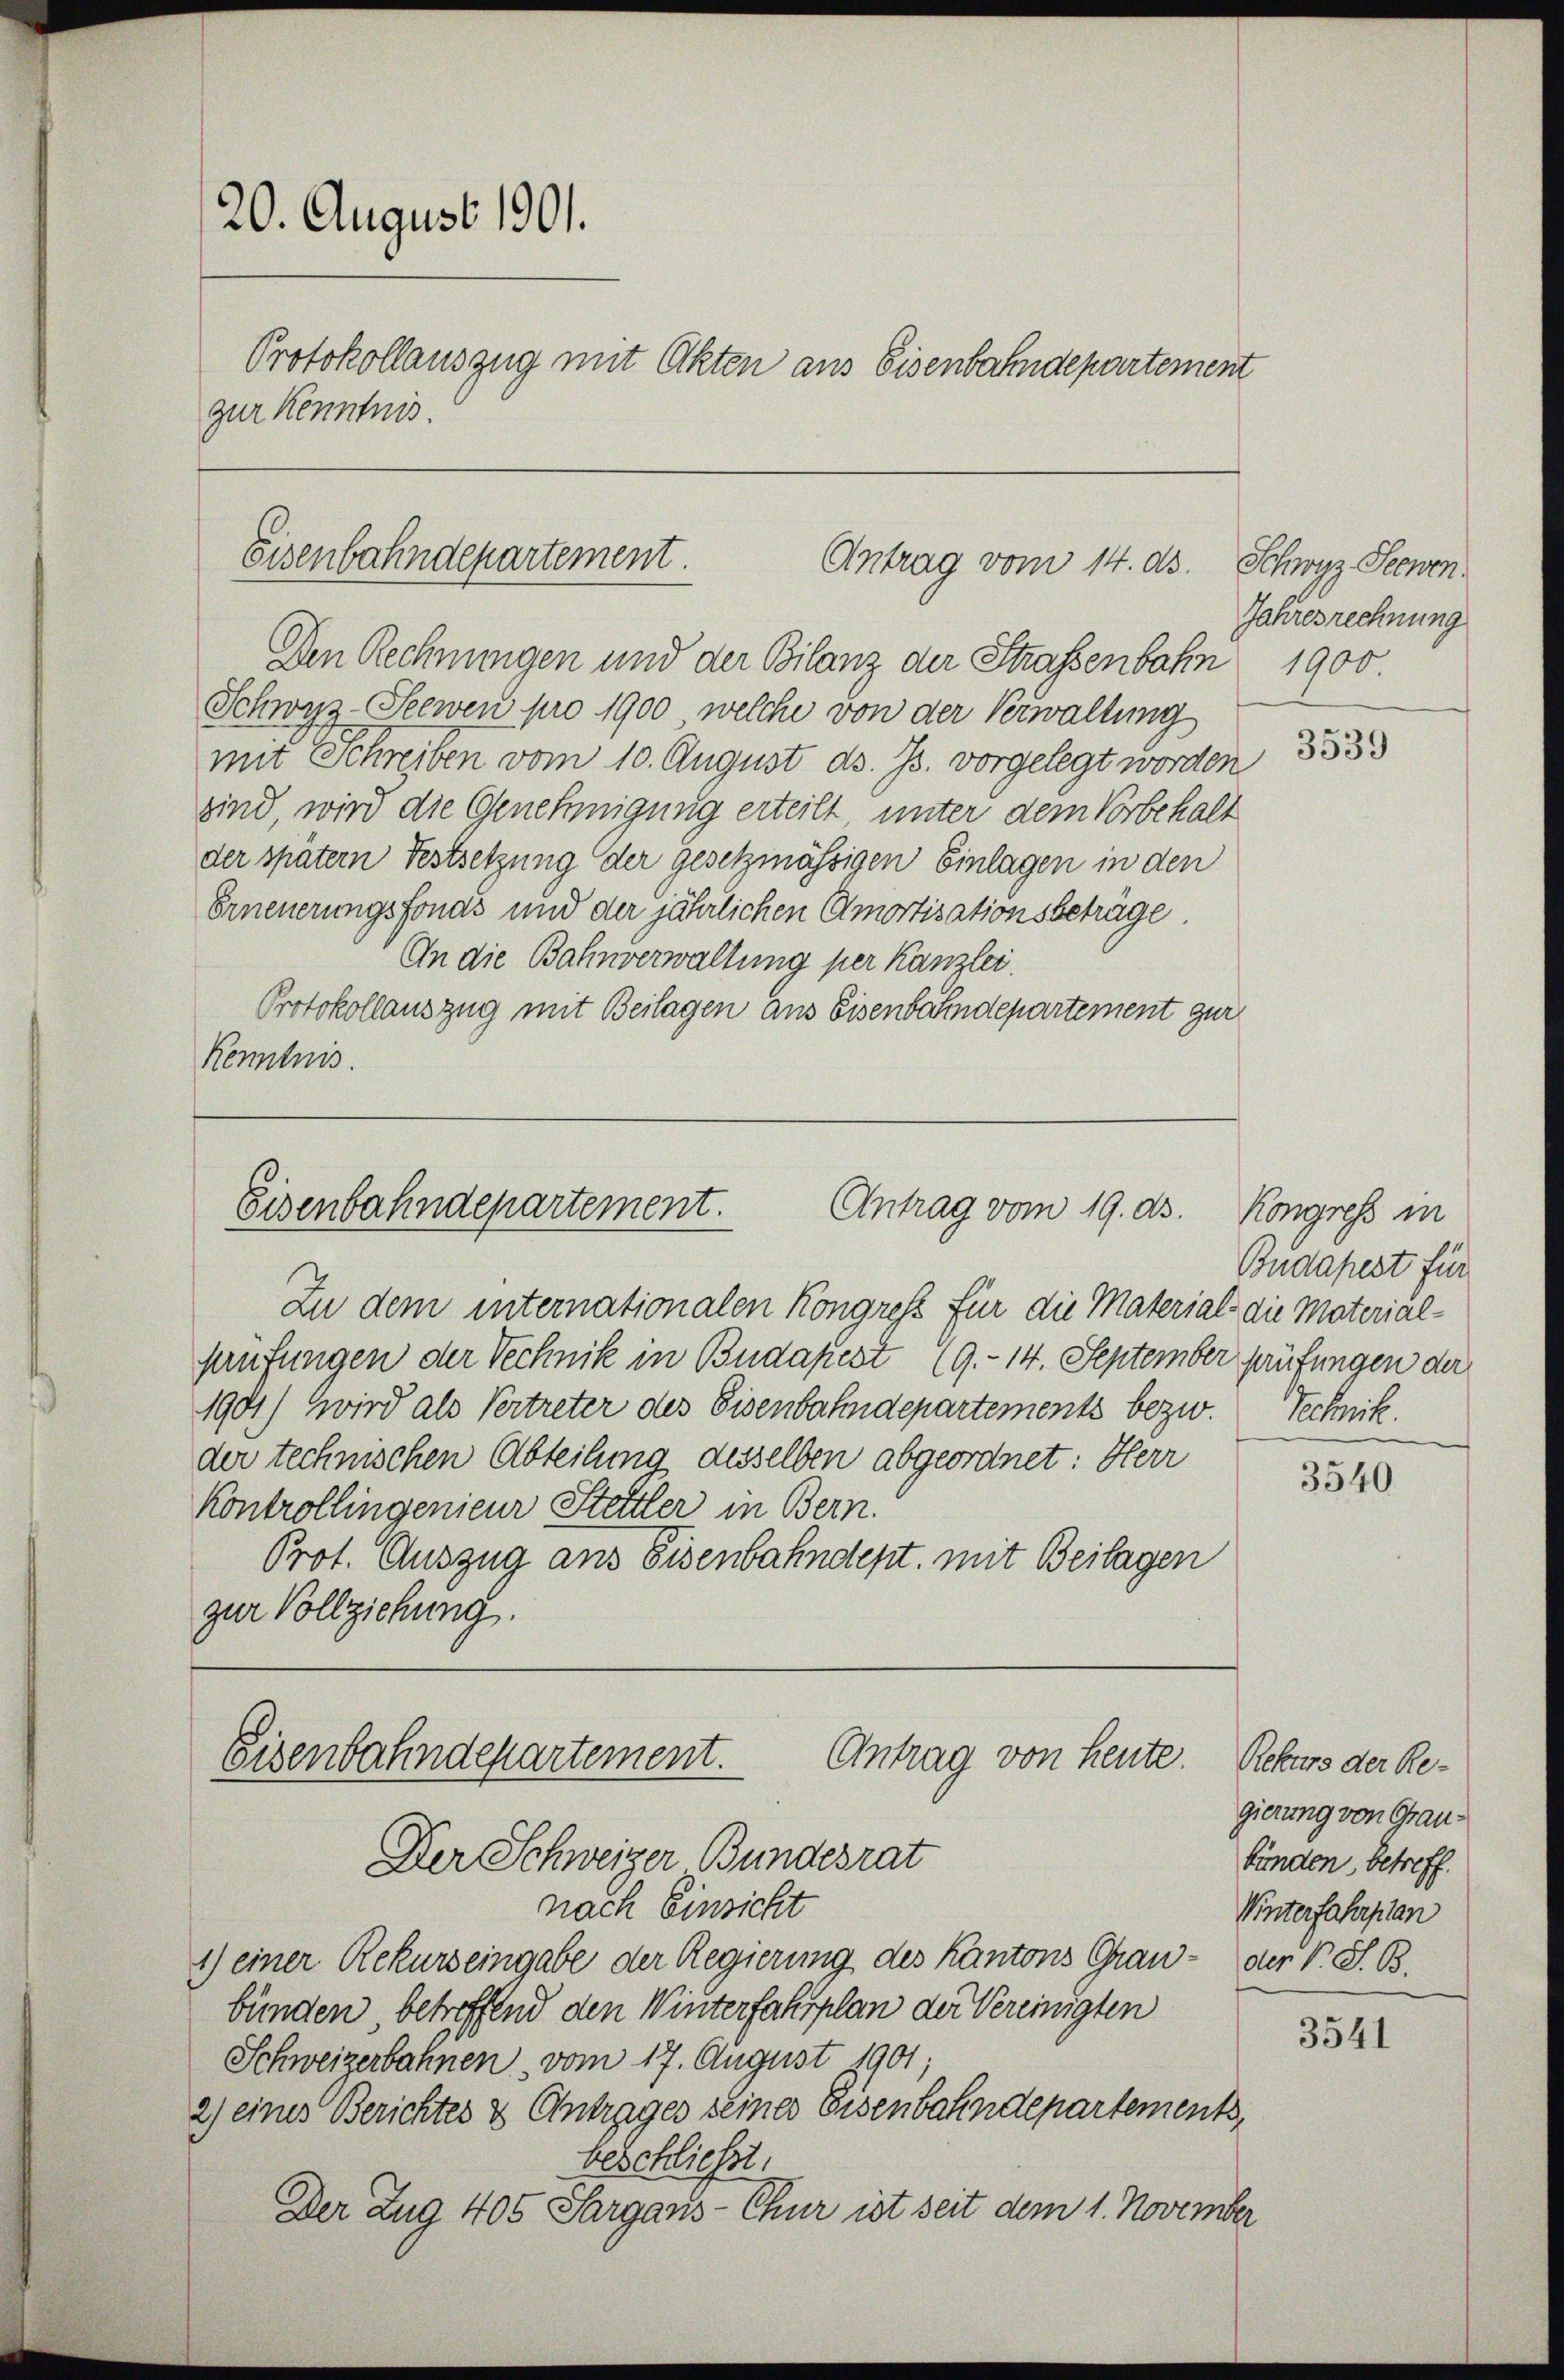
Schwyz Seewen pro 1900, welche von der Verwaltung
mit Schreiben vom 10. August ds. Js. vorgelegt worden
sind, wird die Genehmigung erteilt unter dem Vorbehalt
der später Festsetzung der gesetzmässigen Einlagen in den
Erneuerungsfonds und der jährlichen Amortisationsbeträge.
An die Bahnverwaltung per Kanzlei.
Protokollauszug mit Beilagen aus Eisenbahndepartement gur
Kenntnis.

20. August 1901.
Protokollauszug mit Okten aus Eisenbahndepartement
zur Kenntnis.

Eisenbahndepartement.
Antrag vom 14. ds. Schwyz Seewen

Zu dem internationalen Kongress für die Material die Materialfrufungen der Technik in Budapest (9.- 14. September prüfungen der
1901) Wird als Vertreter des Eisenbahndepartements bezw. Technik.
der technischen Abteilung desselben abgeordnet: Herr
Kontrollingenieur Stettler in Bern.
Prot. Auszug aus Eisenbahndept, mit Beilagen
zur Vollziehung.

Den Rechnungen und der Bilanz der Straßenbahn 1900.

Antrag vom 19. ds.
Eisenbahndepartement.

Antrag von heute.
Eisenbahndepartement.
Der Schweizer Bundesrat

nach Einsicht
1) einer Rekurs eingabe der Regierung des Kantons Grau- der V. S. B.
bünden betreffend den Winterfahrplan der Vereinigten
Schweizerbahnen vom 17. August 1901;
2) eines Berichtes & Antrages seines Eisenbahndepartements,
beschließt:
Der Zug 405 Sargans-Chur ist seit dem 1. November

Jahresrechnung

3539

Kongress in
Budapest für

3540

Rekurs der Regierung von Graubünden, betreff.
Winterfahrplan

3541